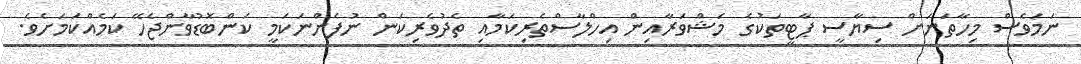
ނަމަވެސް މިހާތަނަށް ސިޔާސީ ޕާޓީތަކުގެ މަޝްވަރާއިން އިހްލާސްތެރިކަމާއި ތެދުވެރިކަން ނުފެންނަކަމީ ކަންބޮޑުވާންޖެހޭ ކަމެއްކަމަށެވެ.